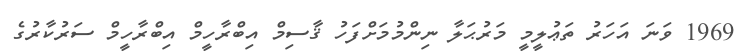
1969 ވަނަ އަހަރު ތަޢުލީމީ މަރުޙަލާ ނިންމުމަށްފަހު ޤާސިމް އިބްރާހީމް އިބްރާހީމް ސަރުކާރުގެ